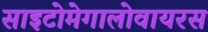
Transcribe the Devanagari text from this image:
साइटोमेगालोवायरस